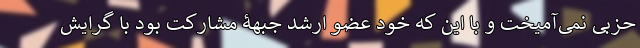
حزبی نمی‌آمیخت و با این که خود عضو ارشد جبهۀ مشارکت بود با گرایش